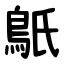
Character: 䲬